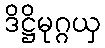
ဒိဋ္ဌိမုဂ္ဂယှ